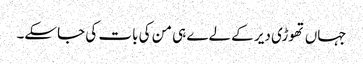
جہاں تھوڑی دیر کے لےے ہی من کی بات کی جاسکے۔